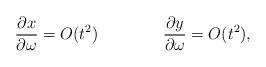
LaTeX: \begin{align*} \frac{\partial x}{\partial \omega}=O(t^2)\qquad\qquad\frac{\partial y}{\partial \omega}=O(t^2),\end{align*}